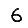
Digit: 6